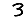
Digit: 3